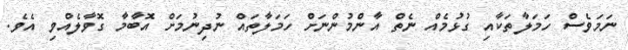
ނަމަވެސް ހަމަލާތަކާއި ގުޅުމެއް ނެތް އާންމުންނަށް ހަމަލާތައް ނުދިނުމަށް އޮބާމާ ގޮވާލެއްވި އެވެ.